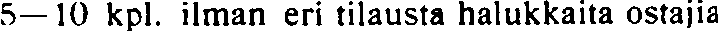
5—10 kpl. ilman eri tilausta halukkaita ostajia